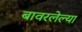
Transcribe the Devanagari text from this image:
बावरलेल्या